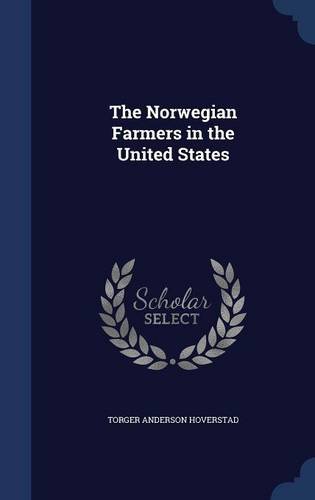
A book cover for The Norwegian Farmers in the United States; Torger Anderson Hoverstad; Biographies & Memoirs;